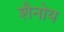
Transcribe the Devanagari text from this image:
शैनोय